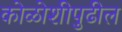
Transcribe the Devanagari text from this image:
कोळोशीपुढील